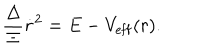
\frac { \Delta } { \Xi } \dot { r } ^ { 2 } = E - V _ { \mathrm { e f f } } ( r ) .